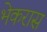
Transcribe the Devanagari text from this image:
भेकरास